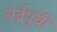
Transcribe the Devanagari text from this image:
अर्द्वपूर्वी